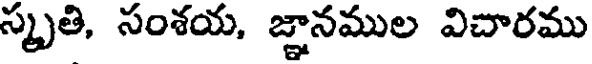
స్మృతి, సంశయ, జ్ఞానముల విచారము